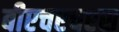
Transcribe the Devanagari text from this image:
बीएचएचएस